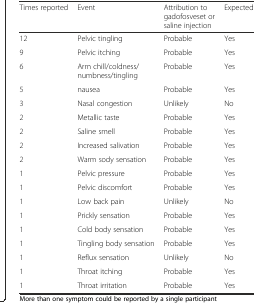
| Times reported | Event | Attribution to gadofosveset or saline injection | Expected |
 | --- | --- | --- | --- |
 | 12 | Pelvic tingling | Probable | Yes |
 | 9 | Pelvic itching | Probable | Yes |
 | 6 | Arm chill/coldness/numbness/tingling | Probable | Yes |
 | 5 | nausea | Probable | Yes |
 | 3 | Nasal congestion | Unlikely | No |
 | 2 | Metallic taste | Probable | Yes |
 | 2 | Saline smell | Probable | Yes |
 | 2 | Increased salivation | Probable | Yes |
 | 2 | Warm sody sensation | Probable | Yes |
 | 1 | Pelvic pressure | Probable | Yes |
 | 1 | Pelvic discomfort | Probable | Yes |
 | 1 | Low back pain | Unlikely | No |
 | 1 | Prickly sensation | Probable | Yes |
 | 1 | Cold body sensation | Probable | Yes |
 | 1 | Tingling body sensation | Probable | Yes |
 | 1 | Reflux sensation | Unlikely | No |
 | 1 | Throat itching | Probable | Yes |
 | 1 | Throat irritation | Probable | Yes |